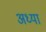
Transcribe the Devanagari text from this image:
अध्या